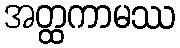
အတ္ထကာမဿ